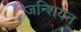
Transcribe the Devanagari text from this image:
जन्शियन